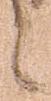
之